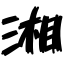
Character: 湘